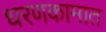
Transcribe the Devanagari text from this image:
धरणकामात